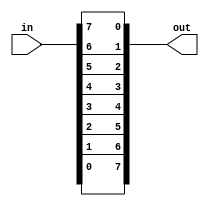
module top_module( 
    input [7:0] in,
    output [7:0] out
);
assign out = {in[0],in[1],in[2],in[3],in[4],in[5],in[6],in[7]};


//assign out[7:0] = in[0:7]; does not work because Verilog does not allow vector bit ordering to be flipped.
endmodule